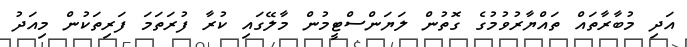
އަދި މުބާރާތައް ތައްޔާރުވުމުގެ ގޮތުން ލަޔަންސްޓީމުން މާލޭގައި ކުރާ ފުރަތަމަ ފަރިތަކުން މިއަދު